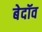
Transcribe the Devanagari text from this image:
बेदॉव